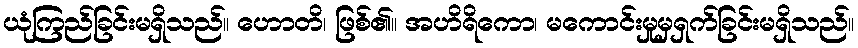
ယုံကြည်ခြင်းမရှိသည်။ ဟောတိ၊ ဖြစ်၏။ အဟိရိကော၊ မကောင်းမှုမှရှက်ခြင်းမရှိသည်။